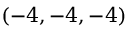
( - 4 , - 4 , - 4 )